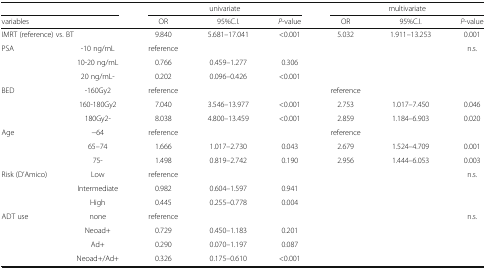
| <COLSPAN=2>  | <COLSPAN=3> univariate | <COLSPAN=3> multivariate |
 | <COLSPAN=2> variables | OR | 95%C.I. | P-value | OR | 95%C.I. | P-value |
 | --- | --- | --- | --- | --- | --- | --- | --- |
 | <COLSPAN=2> IMRT (reference) vs. BT | 9.840 | 5.681–17.041 | <0.001 | 5.032 | 1.911–13.253 | 0.001 |
 | <ROWSPAN=3> PSA | -10 ng/mL | reference |  |  |  |  | n.s. |
 | 10-20 ng/mL | 0.766 | 0.459–1.277 | 0.306 |  |  |  |
 | 20 ng/mL- | 0.202 | 0.096–0.426 | <0.001 |  |  |  |
 | <ROWSPAN=3> BED | -160Gy2 | reference |  |  | reference |  |  |
 | 160-180Gy2 | 7.040 | 3.546–13.977 | <0.001 | 2.753 | 1.017–7.450 | 0.046 |
 | 180Gy2- | 8.038 | 4.800–13.459 | <0.001 | 2.859 | 1.184–6.903 | 0.020 |
 | <ROWSPAN=3> Age | −64 | reference |  |  | reference |  |  |
 | 65–74 | 1.666 | 1.017–2.730 | 0.043 | 2.679 | 1.524–4.709 | 0.001 |
 | 75- | 1.498 | 0.819–2.742 | 0.190 | 2.956 | 1.444–6.053 | 0.003 |
 | <ROWSPAN=3> Risk (D’Amico) | Low | reference |  |  |  |  | n.s. |
 | Intermediate | 0.982 | 0.604–1.597 | 0.941 |  |  |  |
 | High | 0.445 | 0.255–0.778 | 0.004 |  |  |  |
 | <ROWSPAN=4> ADT use | none | reference |  |  |  |  | n.s. |
 | Neoad+ | 0.729 | 0.450–1.183 | 0.201 |  |  |  |
 | Ad+ | 0.290 | 0.070–1.197 | 0.087 |  |  |  |
 | Neoad+/Ad+ | 0.326 | 0.175–0.610 | <0.001 |  |  |  |